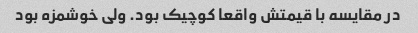
در مقایسه با قیمتش واقعا کوچیک بود. ولی خوشمزه بود